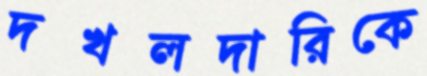
দখলদারিকে